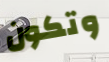
وتكون